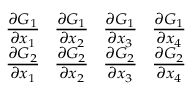
\begin{array} { r } { \frac { \partial G _ { 1 } } { \partial x _ { 1 } } \ \ \frac { \partial G _ { 1 } } { \partial x _ { 2 } } \ \ \frac { \partial G _ { 1 } } { \partial x _ { 3 } } \ \ \frac { \partial G _ { 1 } } { \partial x _ { 4 } } } \\ { \frac { \partial G _ { 2 } } { \partial x _ { 1 } } \ \ \frac { \partial G _ { 2 } } { \partial x _ { 2 } } \ \ \frac { \partial G _ { 2 } } { \partial x _ { 3 } } \ \ \frac { \partial G _ { 2 } } { \partial x _ { 4 } } } \end{array}